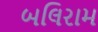
બલિરામ